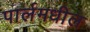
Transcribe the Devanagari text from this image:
पार्लमधील